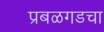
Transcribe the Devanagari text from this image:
प्रबळगडचा